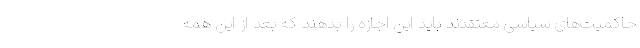
حاکمیت‌های سیاسی معتقدند باید این اجازه را بدهند که بعد از این همه